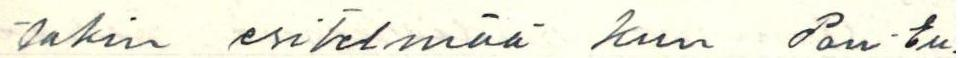
takin esitelmää kun Pan-Eu-